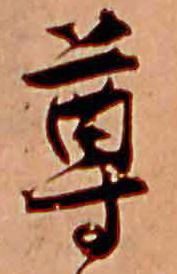
尊